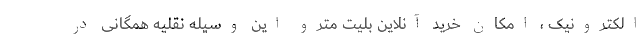
الکترونیک ، امکان خرید آنلاین بلیت مترو این وسیله نقلیه همگانی در